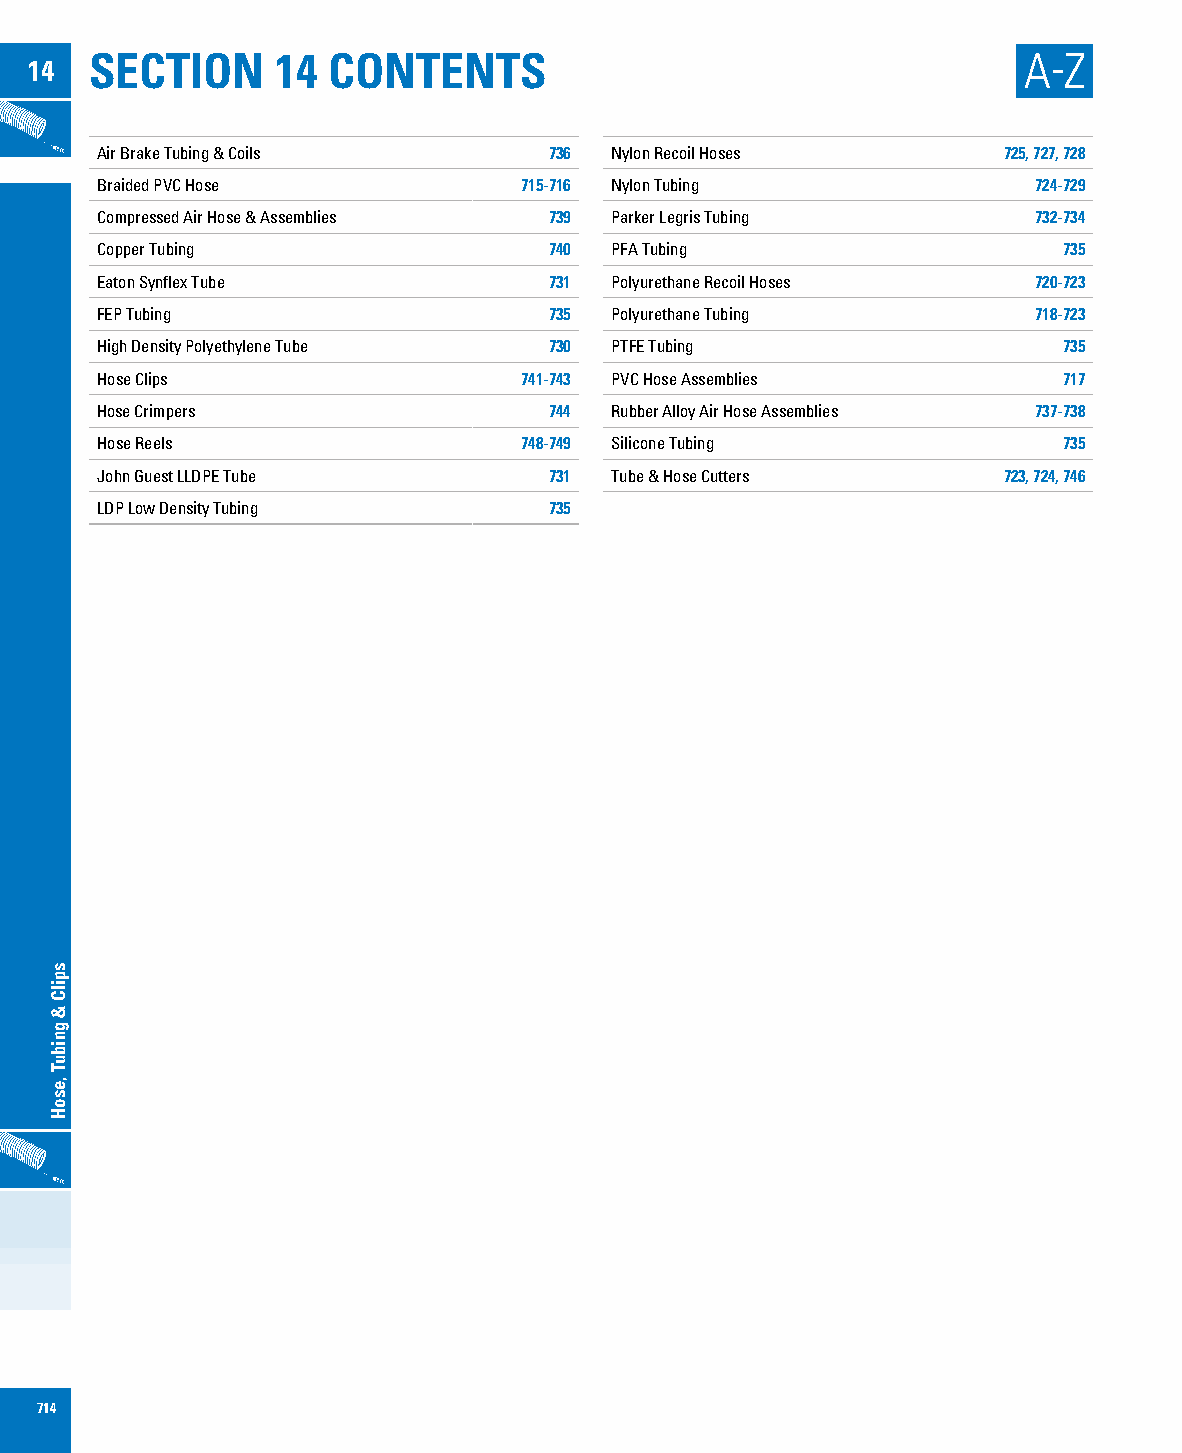
SECTION     14  CONTENTS                                      A-Z
 14
 Air Brake Tubing & Coils      736 Nylon Recoil Hoses        725, 727, 728
 Braided PVC Hose            715-716 Nylon Tubing              724-729
 Compressed Air Hose & Assemblies 739 Parker Legris Tubing     732-734
 Copper Tubing                 740 PFA Tubing                    735
 Eaton Synflex Tube            731 Polyurethane Recoil Hoses   720-723
 FEP Tubing                    735 Polyurethane Tubing         718-723
 High Density Polyethylene Tube 730 PTFE Tubing                  735
 Hose Clips                  741-743 PVC Hose Assemblies         717
 Hose Crimpers                 744 Rubber Alloy Air Hose Assemblies 737-738
 Hose Reels                  748-749 Silicone Tubing             735
 John Guest LLDPE Tube         731 Tube & Hose Cutters       723, 724, 746
 LDP Low Density Tubing        735
 714
 spilC
 &
 gnibuT
 ,esoH